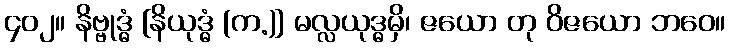
၄၀၂။ နိဗ္ဗုဒ္ဓံ [နိယုဒ္ဓံ (က.)] မလ္လယုဒ္ဓမှိ၊ ဇယော တု ဝိဇယော ဘဝေ။